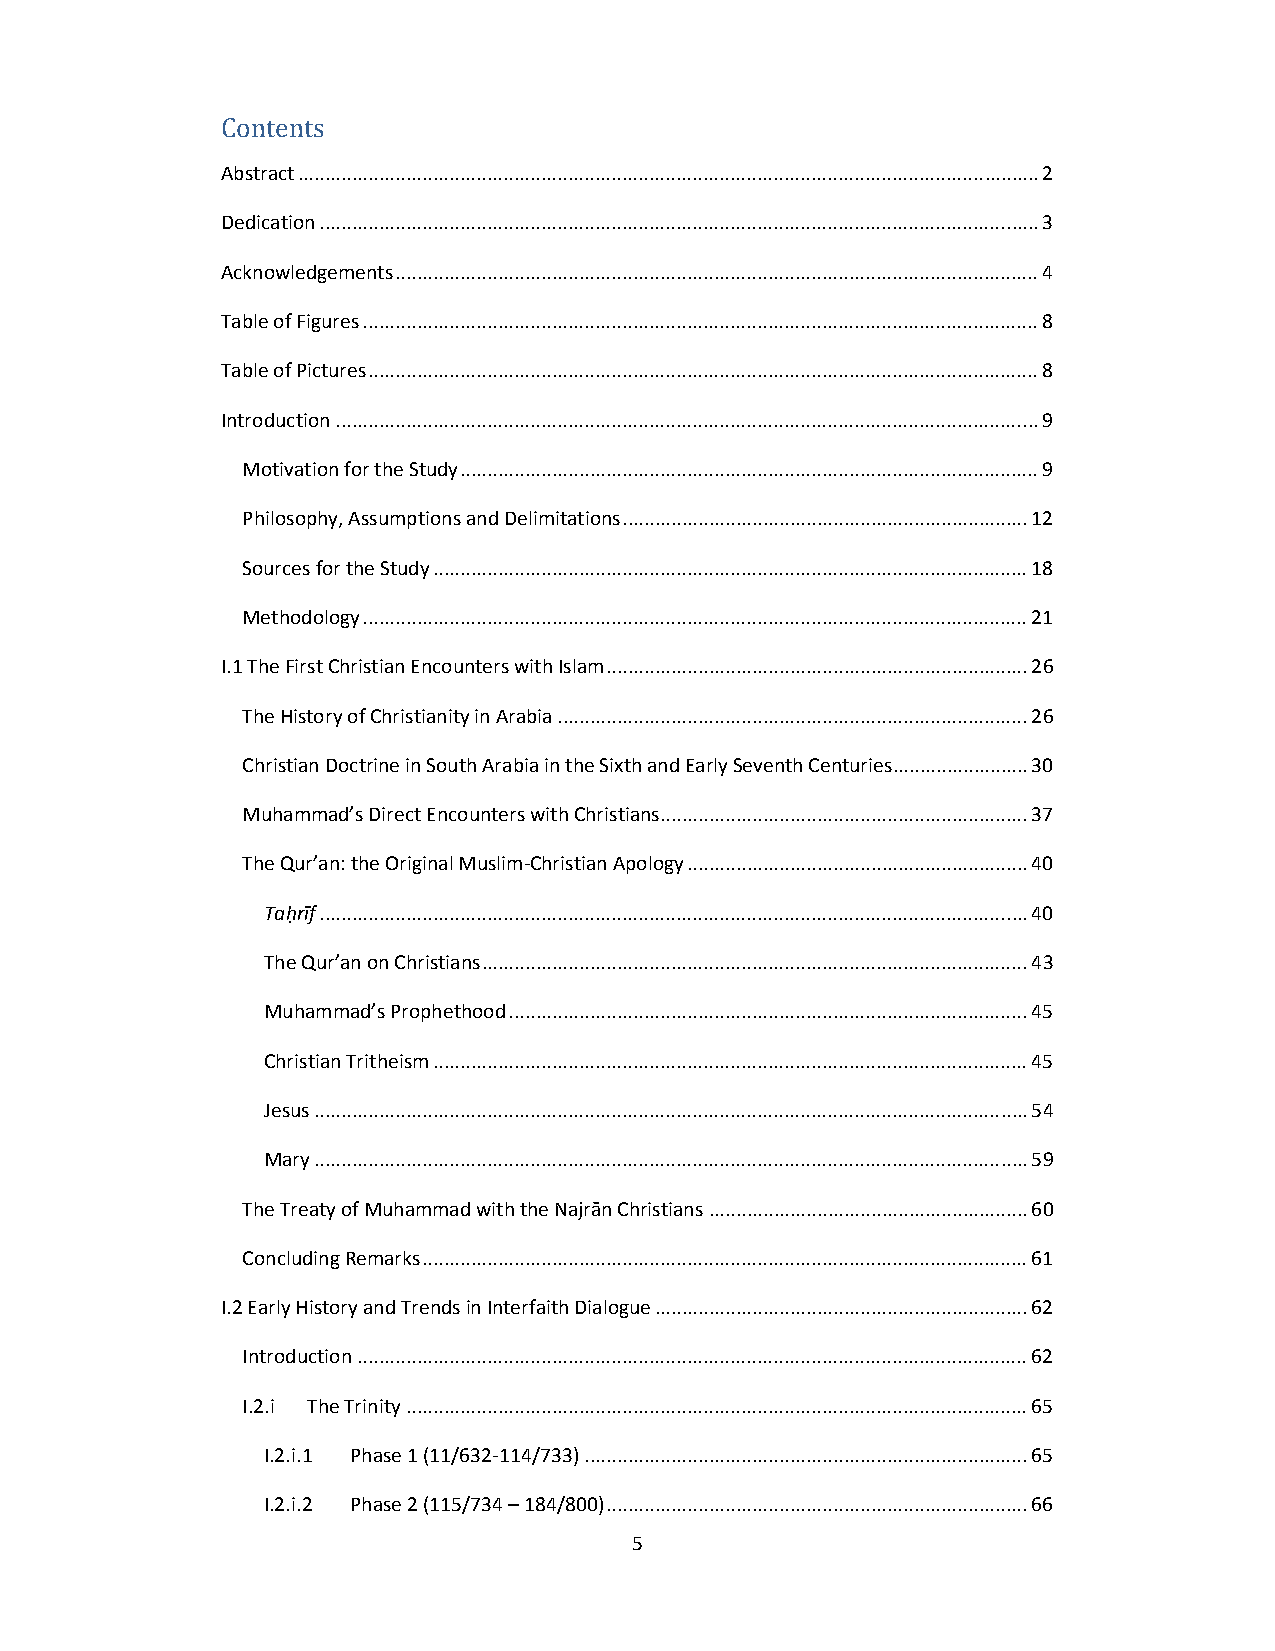
Contents
 Abstract ......................................................................................................................................... 2
 Dedication ..................................................................................................................................... 3
 Acknowledgements ....................................................................................................................... 4
 Table of Figures ............................................................................................................................. 8
 Table of Pictures ............................................................................................................................ 8
 Introduction .................................................................................................................................. 9
 Motivation for the Study ........................................................................................................... 9
 Philosophy, Assumptions and Delimitations ........................................................................... 12
 Sources for the Study .............................................................................................................. 18
 Methodology ........................................................................................................................... 21
 I.1 The First Christian Encounters with Islam .............................................................................. 26
 The History of Christianity in Arabia ....................................................................................... 26
 Christian Doctrine in South Arabia in the Sixth and Early Seventh Centuries ......................... 30
 Muhammad’s Direct Encounters with Christians .................................................................... 37
 The Qur’an: the Original Muslim‐Christian Apology ............................................................... 40
 Taḥrīf ................................................................................................................................... 40
 The Qur’an on Christians ..................................................................................................... 43
 Muhammad’s Prophethood ................................................................................................ 45
 Christian Tritheism .............................................................................................................. 45
 Jesus .................................................................................................................................... 54
 Mary .................................................................................................................................... 59
 The Treaty of Muhammad with the Najrān Christians ........................................................... 60
 Concluding Remarks ................................................................................................................ 61
 I.2 Early History and Trends in Interfaith Dialogue ..................................................................... 62
 Introduction ............................................................................................................................ 62
 I.2.i The Trinity ................................................................................................................... 65
 I.2.i.1 Phase 1 (11/632‐114/733) .................................................................................. 65
 I.2.i.2 Phase 2 (115/734 – 184/800) .............................................................................. 66
 5